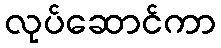
လုပ်ဆောင်ကာ